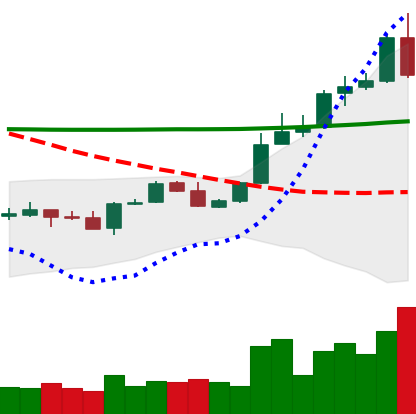
Ticker: ADA-USD
Chart end date: 2020-04-30
Forward return: 3.16%
Label: up_3_5